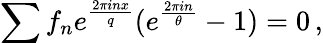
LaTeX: \sum f_{n}e^{\frac{2\pi inx}{q}}(e^{\frac{2\pi in}{\theta}}-1)=0\, ,